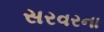
સરવરના